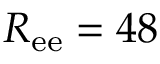
R _ { \mathrm { e e } } = 4 8